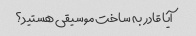
آیا قادر به ساخت موسیقی هستید؟